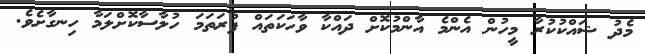
މެދު ޝައްކުކުރާ މީހުން އެންމެ އާންމުކޮށް ދައްކާ ވާހަކަތައް ފުރަތަމަ ހުލާސާކޮށްލަމާ ހިނގާށެވެ.